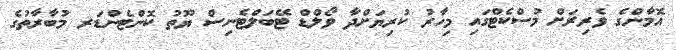
އޮމާންގެ ވެރިރަށް މުސްކެޓްގައި މިހާރު ކުރިޔަށްދާ ވޯލްޑް ޓޭބަލްޓެނިސް ޔޫތު ކޮންޓެންޑަރ މުބާރާތުގެ